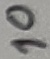
Text: 10